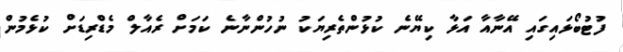
ފުޓުބޯޅައިގައި އޭނާއާ އަޅާ ކިޔޭނެ ކުޅުންތެރިޔަކު ނުހުންނާނެ ކަމަށް ރެއާލް މެޑްރިޑަށް ކުޅެމުން